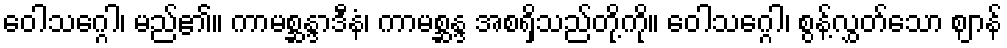
ဝေါသဂ္ဂေါ၊ မည်၏။ ကာမစ္ဆန္ဒာဒီနံ၊ ကာမစ္ဆန္ဒ အစရှိသည်တို့ကို။ ဝေါသဂ္ဂေါ၊ စွန့်လွှတ်သော ဈာန်